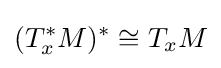
(T_{x}^{*}M)^{*}\cong T_{x}M